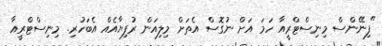
"ފިނޭންސް މިނިސްޓްރީއާ ހަމަ އަށް ނުގޮސް އެތަށް މިލިއަން ރުފިޔާއެއް އެބަހުރި. މިނިސްޓްރީއާ